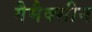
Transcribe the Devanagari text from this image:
गैमैक्सीन